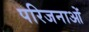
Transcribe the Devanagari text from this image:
परिजनाओं